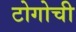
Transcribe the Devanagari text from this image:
टोगोची